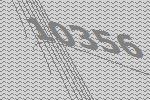
10356